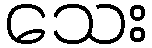
သေး